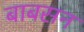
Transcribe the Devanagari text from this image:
बाबसन